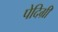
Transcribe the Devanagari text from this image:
पेदिग्री